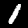
Digit: 1